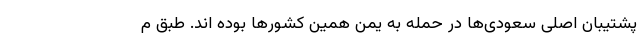
پشتیبان اصلی سعودی‌ها در حمله به یمن همین کشور‌ها بوده اند. طبق م